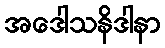
အဒေါသနိဒါနာ